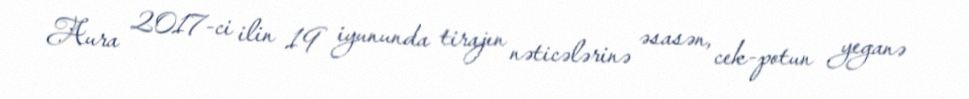
Aura 2017-ci ilin 19 iyununda tirajın nəticələrinə əsasən, cek-potun yeganə